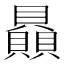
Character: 贔